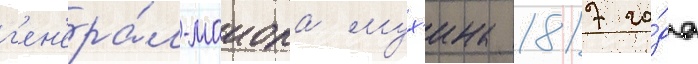
г'ен'ера́л-маиора мух'ина 1817 го́да